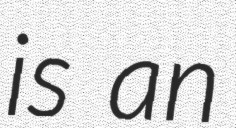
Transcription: is an